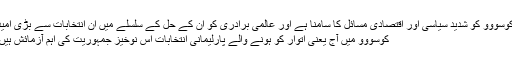
کوسووو کو شديد سياسی اور اقتصادی مسائل کا سامنا ہے اور عالمی برادری کو اُن کے حل کے سلسلے ميں ان انتخابات سے بڑی اميد
کوسووو ميں آج یعنی اتوار کو ہونے والے پارليمانی انتخابات اس نوخيز جمہوريت کی اہم آزمائش ہيں۔